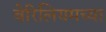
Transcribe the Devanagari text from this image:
बेरिलियमच्या